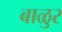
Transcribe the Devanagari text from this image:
बाळुर